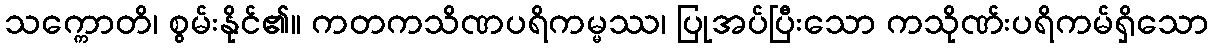
သက္ကောတိ၊ စွမ်းနိုင်၏။ ကတကသိဏပရိကမ္မဿ၊ ပြုအပ်ပြီးသော ကသိုဏ်းပရိကမ်ရှိသော